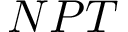
N P T